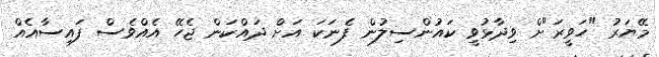
މޭޔަރު "ހަވީރަ"ށް ވިދާޅުވީ ކައުންސިލުން ފެނަކަ އަށް ދައްކަން ޖެހޭ އެއްވެސް ފައިސާއެއް